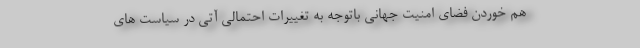
هم خوردن فضای امنیت جهانی باتوجه به تغییرات احتمالی آتی در سیاست های